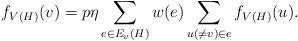
LaTeX: \begin{align*} f_{V(H)}(v)=p\eta\sum\limits_{e\in E_v(H)}w(e)\sum\limits_{u(\ne v)\in e}f_{V(H)}(u).\end{align*}